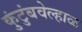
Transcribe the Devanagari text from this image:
कुंटुंबवेल्हाळ